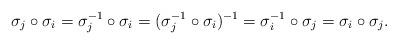
LaTeX: \begin{align*} \sigma_j\circ \sigma_i = \sigma_j^{-1}\circ \sigma_i = (\sigma_j^{-1}\circ \sigma_i)^{-1} = \sigma_i^{-1}\circ \sigma_j = \sigma_i \circ \sigma_j. \end{align*}